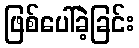
ဖြစ်ပေါ်ခဲ့ခြင်း